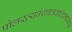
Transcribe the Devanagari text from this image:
पौलस्त्यवंशबलवार्धिवनावनस्य